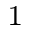
_ 1